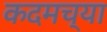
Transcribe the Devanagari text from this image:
कदमच्या